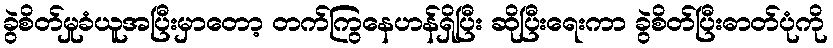
ခွဲစိတ်မှုခံယူအပြီးမှာတော့ တက်ကြွနေဟန်ရှိပြီး ဆိုပြီးရေးကာ ခွဲစိတ်ပြီးဓာတ်ပုံကို